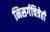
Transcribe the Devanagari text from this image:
निसर्गचित्रेही